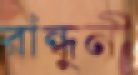
রাঁন্ধুনী